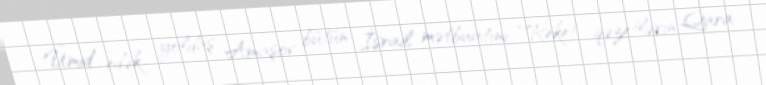
Ümid edək yoldaş Amaşov bütün İsrail mətbuatını “Reket qəzetlərin Qara